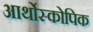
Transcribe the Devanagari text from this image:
आर्थोस्कोपिक